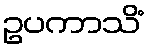
ဥပကာသိံ